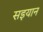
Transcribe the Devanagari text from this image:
सइयान